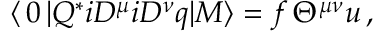
\langle \, 0 \, | Q ^ { * } i D ^ { \mu } i D ^ { \nu } q | M \rangle = f \, \Theta ^ { \mu \nu } u \, ,